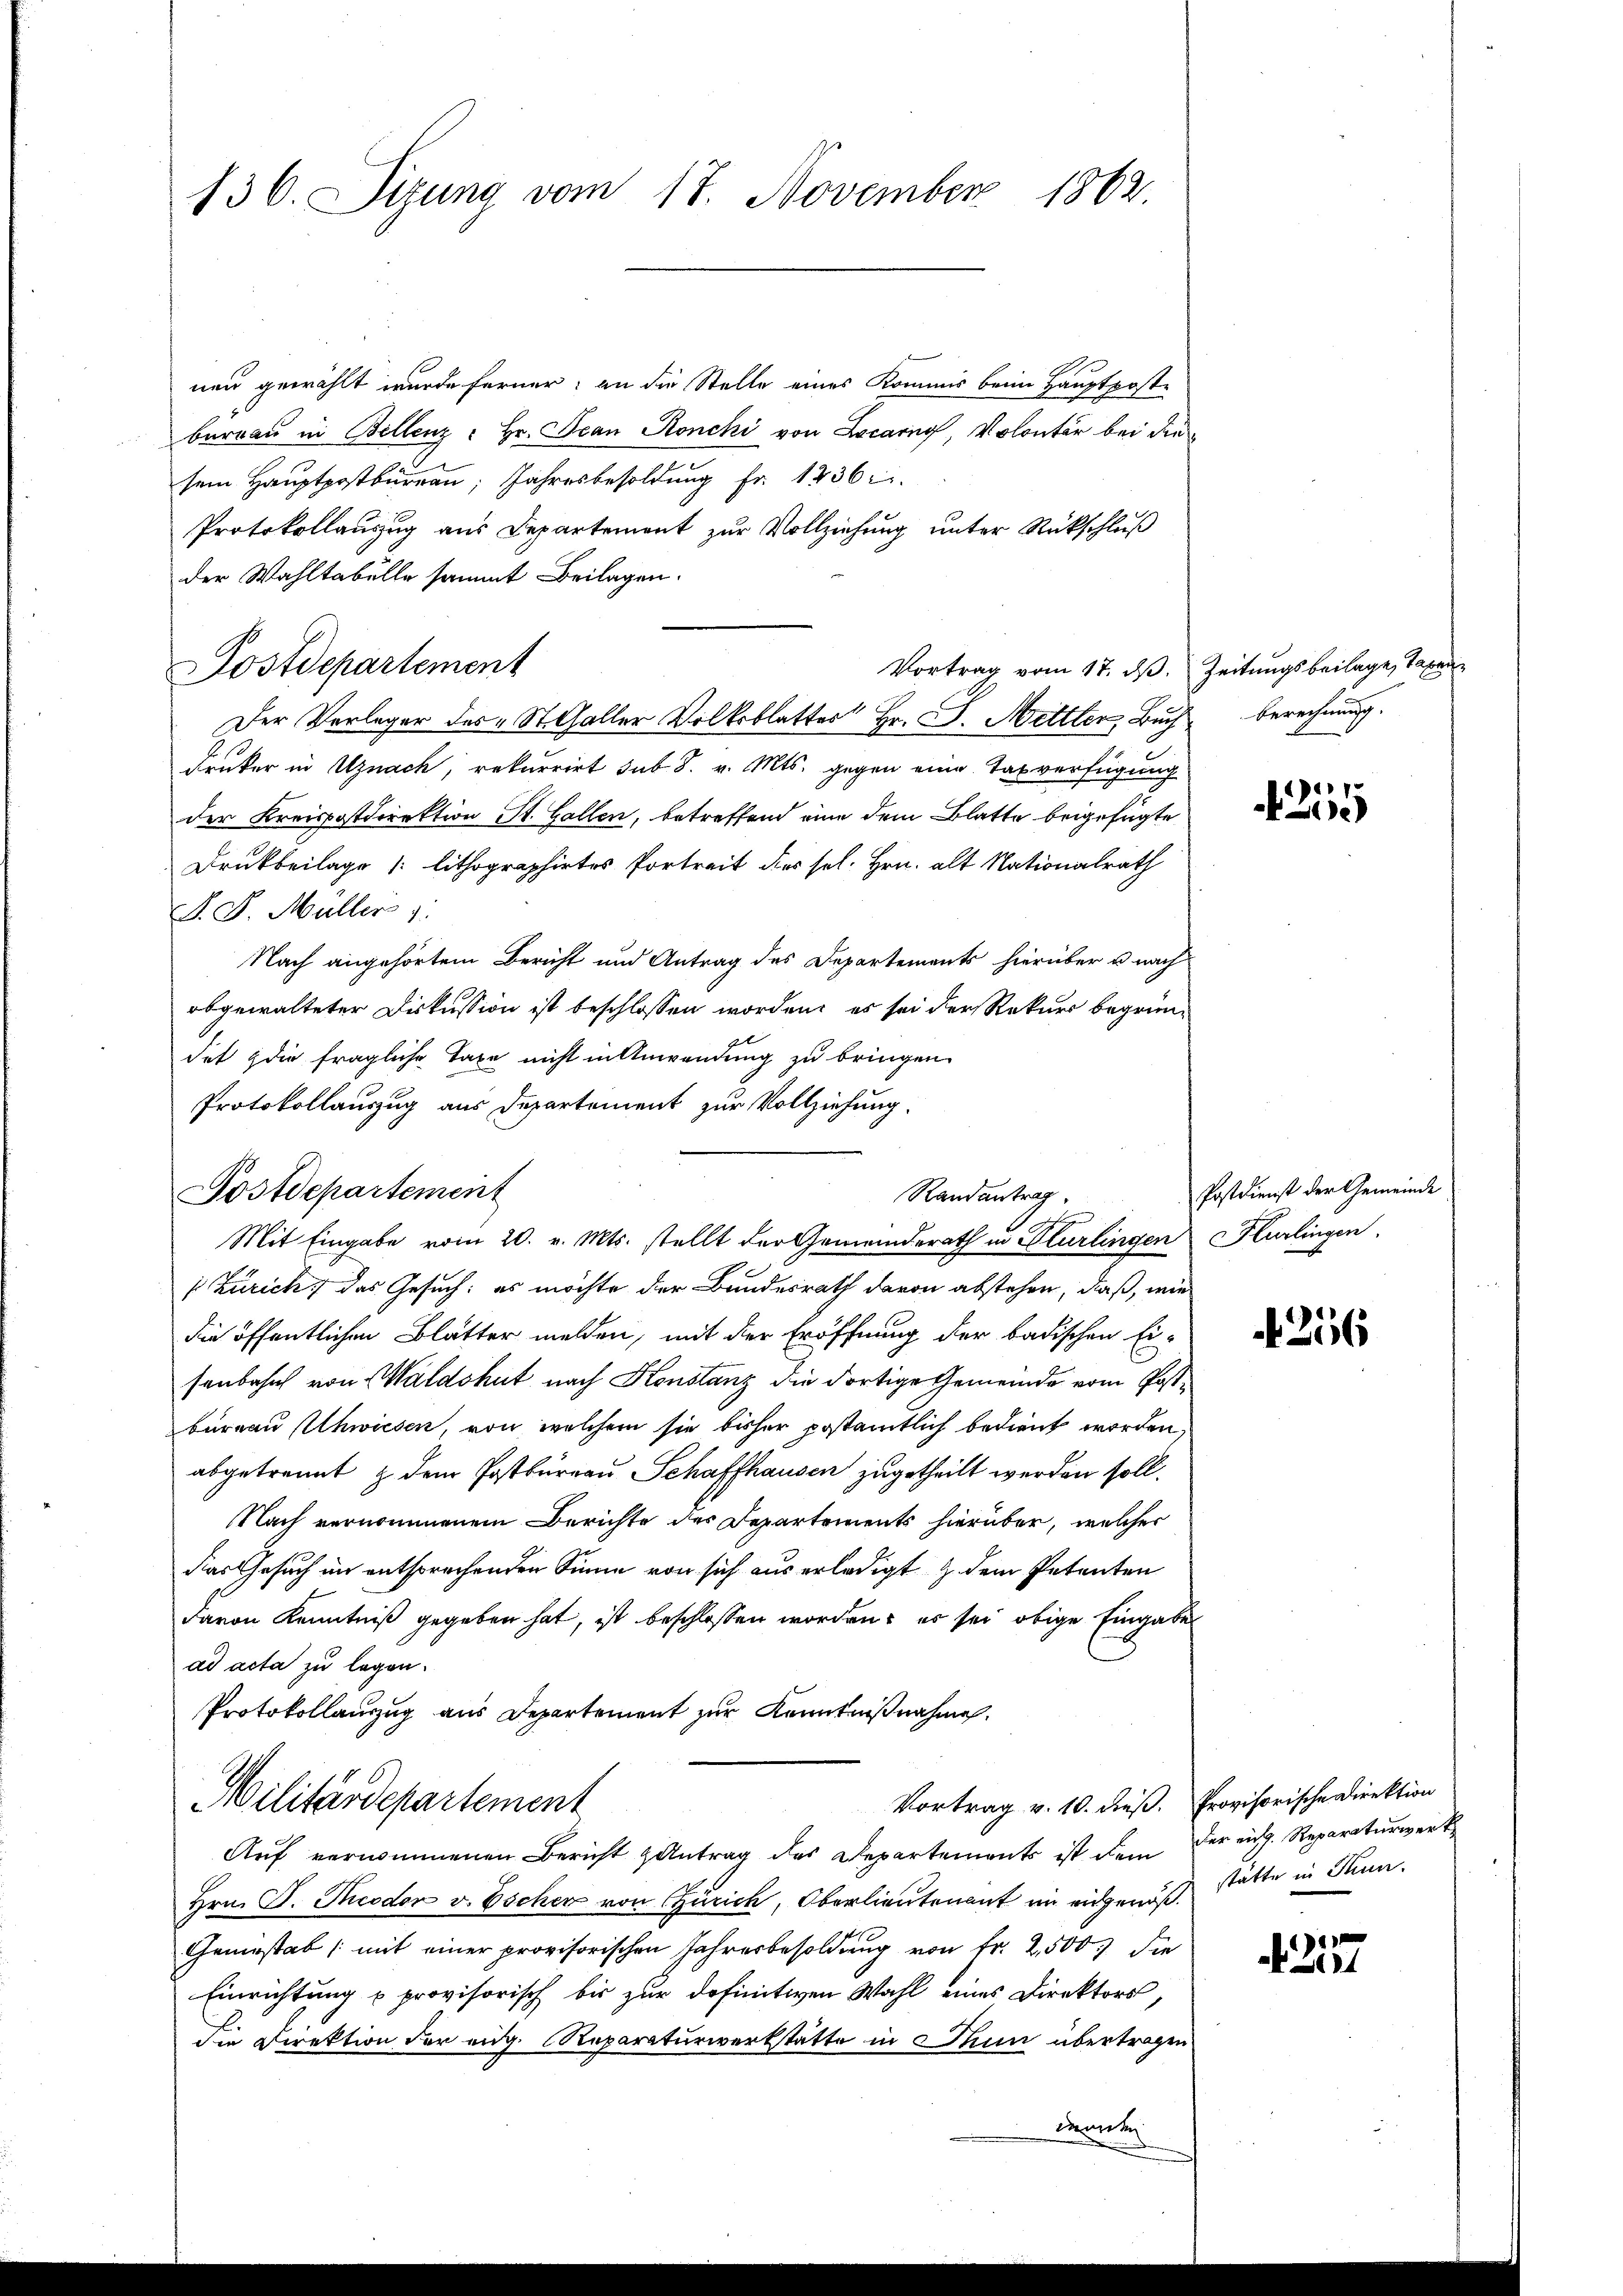
136. Sizung vom 17. November 1862.

neu gewählt wurde ferner: an die Stelle eines Kommis beim Hauptposte
berrau in Bellenz - Hr. Jean Ronchi von Locarno, Volontär bei die
sem Hauptpostbureau, Jahresbesoldung fr. 1236
Protokollauszug aus Departement zur Vollziehung unter Rückschluß
der Wahltabelle sammt Beilagen.
Vortrag vom 17. ds. Zeitungsbeilage, Taxen
Der Verleger des St. Galler Volksblatter Hr. J. Hettler, Buchberechnung.
Druker in Uznach, rekurrirt sub. 8. v. Mts. gegen eine Tasverfügung
der Kreispostdirektion St. Gallen, betreffend eine dem Blatte beigefügte
Drukbeilage 1 lithographirtes Portreit dies sel. Hrn. alt Nationalrath
F. J. Müller :
Nach angehörtem Bericht und Antrag des Departements hierüber u nach
abgewalteter Diskussion ist beschlossen worden, es sei der Rekurs begründet die fragliche Taxe nicht in Anwendung zu bringen.
Protokollauszug aus Departement zur Vollziehung.
s Zürich, das Gesuch: es möchte der Bundesrath davon abstehen, daß, wie
die öffentlichen Blätter melden, mit der Eröffnung der badischen Eisenbahn von Waldshut nach Konstanz die dortige Gemeinde vom Postbureau schwiesen, von welchem sie bisher postamtlich bedient worden,
abgetrennt, z. dem Postbureau Schaffhausen zugetheilt werden soll.
Nach vernommenem Berichte des Departements hierüber, welcher
das Gesuch im entsprechenden Sinne von sich aus erledigt & dem Petenten
davon Kenntniß gegeben hat, ist beschlossen worden; es sei obige Eingabe
ad acta zu legen.
Protokollauszug aus Departement zur Kenntnißnahmen.
Vortrag v. 10. dieß. Provisorische Direktion
Militärdepartement
Aŭf vernommenen Bericht antrag das Departements ist dem der eidg. Reparaturwerke
Hrn. F. Theodor v. Escher von Zürich, Oberlieutenant in eingenuß statte in Thun.
Cemestab (mit einer provisorischen Jahresbesoldung von Fr. 2500. die
Einrichtung u provisorisch bis zur definitiven Wahl eines Direktors,
Die Direktion der eidg. Reparaturwerkstätte in Dann übertragen
denten

Postdepartement

Postdepartement

Randantrag
Mit Eingabe vom 20. v. Mts. stellt der Gemeinderath in Flurlingen Kurlingen.

25

Postdienst der Gemeinde

256

1
4